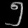
Digit: ၅